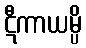
ဋီကာယမ္ပိ